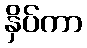
နှိပ်ကာ